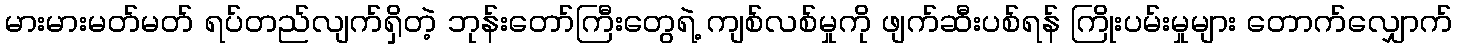
မားမားမတ်မတ် ရပ်တည်လျက်ရှိတဲ့ ဘုန်းတော်ကြီးတွေရဲ့ ကျစ်လစ်မှုကို ဖျက်ဆီးပစ်ရန် ကြိုးပမ်းမှုများ တောက်လျှောက်